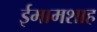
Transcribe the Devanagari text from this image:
ईमामशाह